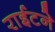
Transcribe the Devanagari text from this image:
राईटने